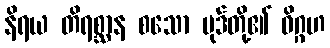
နိရယ တိရစ္ဆာန စသော ပုဒ်တို့၏ ဝိဂ္ဂဟ